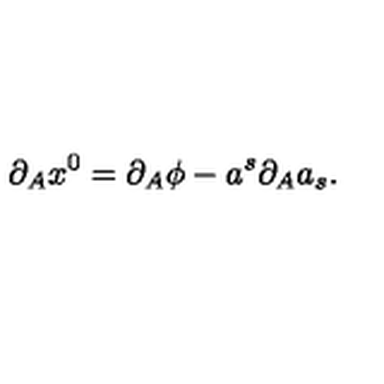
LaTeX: \partial _ { A } x ^ { 0 } = \partial _ { A } \phi - a ^ { s } \partial _ { A } a _ { s } .